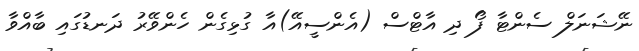
ނޭޝަނަލް ސެންޓާ ފޯ ދި އާޓްސް (އެންސީއޭ)އާ ގުޅިގެން ހެންވޭރު ދަނޑުގައި ބާއްވާ